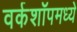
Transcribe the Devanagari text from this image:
वर्कशॉपमध्ये